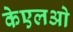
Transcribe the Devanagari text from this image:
केएलओ